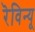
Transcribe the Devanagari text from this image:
रॆविन्यू